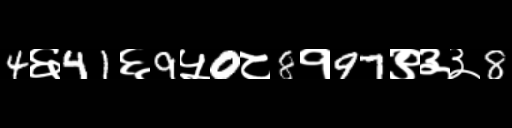
Text: 4६41६9५0८8१97९३३8